King Institute of Preventive Medicine Micro-Biological Section reports 1912-19
Year: 1912
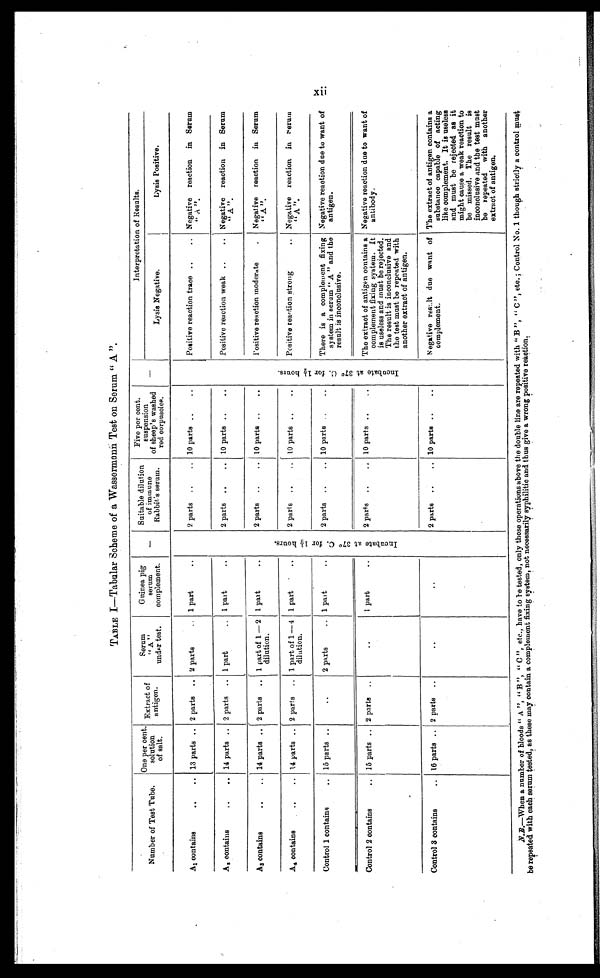
TABLE I—Tabular Scheme of a Wassermann Test on Serum " A ".
Number of Test Tube.
One per cent.
solution
of salt.
Extract of
antigen.
Serum
" A "
under test.
Guinea pig
serum
complement.
—
Suitable dilution
of immune
Rabbit's serum.
Five per cent.
suspension
of sheep's washed
red corpuseles.
—
Interpretation of Results.
Lysis Negative.
Lysis Positive.
A1 contains . . . 13 parts . . . 2 parts . . . 2 parts . . . 1 part . . .
I n c u b a t e a t 3 7 º C . f o r 1 ½ h o u r s .
2 parts . . . 10 parts . . .
I n c u b a t e a t 3 7 º C . f o r 1 ½ h o u r s .
Positive reaction trace . . . Negative reaction in Serum
"A".
A 2 contains . . . 14 parts . . . 2 parts . . . 1 part . . . 1 part . . .
2 parts . . . 10 parts . . .
Positive reaction weak . . . Negative reaction in Serum
" A " .
A3 contains . . . 14 parts . . . 2 parts . . . 1 part of 1— 2
dilution.
1 part . . .
2 parts . . . 10 parts . . .
Positive reaction moderate . . . Negative reaction in Serum
"A".
A4 contains . . . 14 parts . . . 2 parts . . . 1 part of 1—4
dilution.
1 part . . .
2 parts . . . 1 0 p a r t s . . .
Positive reaction strong . . . Negative reaction in S erum
"A".
Control 1 contains . . . 15 parts . . .
. . .
2 parts . . . 1 part . . .
2 parts . . . 10 parts . . .
There is a complement fixing
system in serum " A " and the
result is inconclusive.
Negative reaction due to want of
antigen.
Control 2 contains . . . 15 parts . . . 2 parts . . .
. . .
1 part . . .
2 parts . . . 10 parts . . .
The extract of antigen contains a
complement fixing system. It
is useless and must be rejected.
The result is inconclusive and
the test must be repeated with
another extract of antigen.
Negative reaction due to want of
antibody.
Control 3 contains . . . 16 parts . . . 2 parts . . .
. . .
. . .
2 parts . . . 10 parts . . .
N egative resu1t due want of
complement.
The extract of antigen contains a
substance capable of acting
like complement. It is useless
and must be rejected as it
might cause a weak reaction to
be missed. The result is
inconclusive and the test must
be repeated with another
extract of antigen.
N.B.—When a number of bloods " A ", "B ", " C ", etc., have to be tested, only those operations above the double line are repeated with " B ", " C ", etc. ; Control No. 1 though strictly a control must
be repeated with each serum tested, as these may contain a complement fixing system, not necessarily syphilitic and thus give a wrong positive reaction.